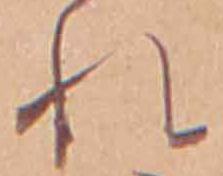
れ